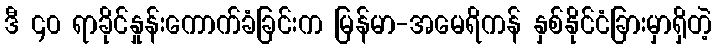
ဒီ ၄၀ ရာခိုင်နှုန်းကောက်ခံခြင်းက မြန်မာ-အမေရိကန် နှစ်နိုင်ငံခြားမှာရှိတဲ့